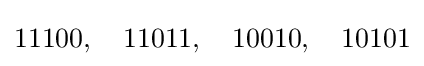
11100,\quad 11011,\quad 10010,\quad 10101